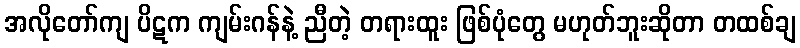
အလိုတော်ကျ ပိဋက ကျမ်းဂန်နဲ့ ညီတဲ့ တရားထူး ဖြစ်ပုံတွေ မဟုတ်ဘူးဆိုတာ တထစ်ချ